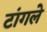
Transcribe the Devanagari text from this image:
टांगले